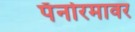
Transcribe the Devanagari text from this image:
पॅनोरमावर